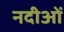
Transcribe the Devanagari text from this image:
नदीओं